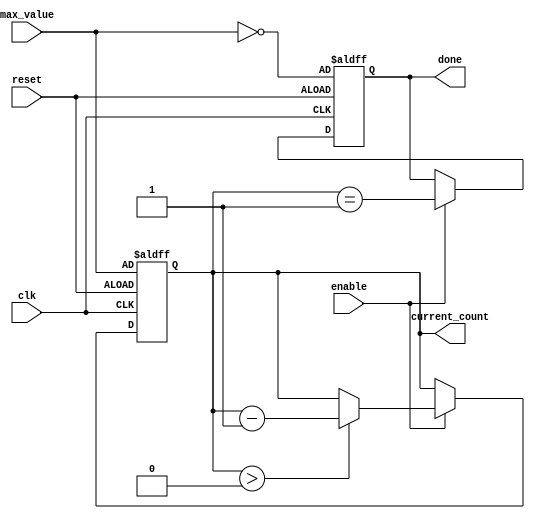
module decremental_counter (
    input wire clk,                // Clock signal
    input wire reset,              // Asynchronous reset signal
    input wire enable,             // Enable signal for counting
    input wire [7:0] max_value,    // Maximum value (8-bit for example)
    output reg [7:0] current_count, // Current count value (8-bit)
    output reg done                 // Done flag
);

    // Initial conditions
    initial begin
        current_count = 0;
        done = 0;
    end

    // Asynchronous reset and counting logic
    always @(posedge clk or posedge reset) begin
        if (reset) begin
            current_count <= max_value; // Reset to max_value
            done <= (max_value == 0);   // Assert done if max_value is zero
        end else if (enable) begin
            if (current_count > 0) begin
                current_count <= current_count - 1; // Decrement count
            end
            done <= (current_count == 1); // Assert done when it reaches 0
        end
    end

endmodule